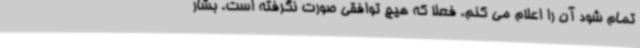
تمام شود آن را اعلام می کنم. فعلا که هیچ توافقی صورت نگرفته است. بشار